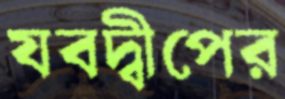
যবদ্বীপের